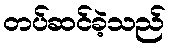
တပ်ဆင်ခဲ့သည်